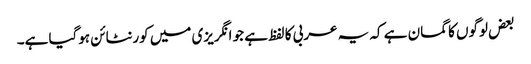
بعض لوگوں کا گمان ہے کہ یہ عربی کا لفظ ہے جو انگریزی میں کورنٹائن ہوگیا ہے۔